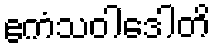
ဧကံသဝါဒေါတိ